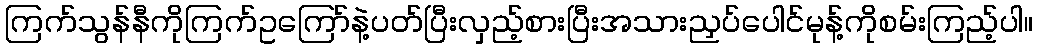
ကြက်သွန်နီကိုကြက်ဥကြော်နဲ့ပတ်ပြီးလှည့်စားပြီးအသားညှပ်ပေါင်မုန့်ကိုစမ်းကြည့်ပါ။